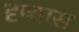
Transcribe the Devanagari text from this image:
दृष्यास